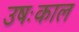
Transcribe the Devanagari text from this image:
उषःकाल